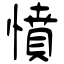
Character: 憤